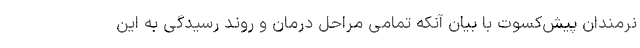
نرمندان پیش‌کسوت با بیان آنکه تمامی مراحل درمان و روند رسیدگی به این